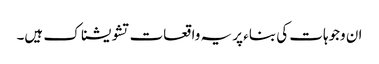
ان وجوہات کی بناء پر یہ واقعات تشویشناک ہیں۔